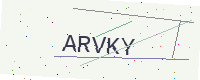
Text: ARVKY